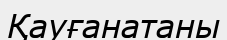
Қауғанатаны